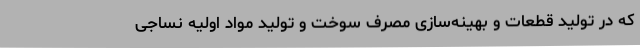
که در تولید قطعات و بهینه‌سازی مصرف سوخت و تولید مواد اولیه نساجی